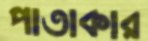
পাতাকার